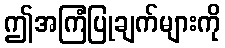
ဤအကြံပြုချက်များကို